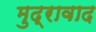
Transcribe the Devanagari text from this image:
मुद्रावाद